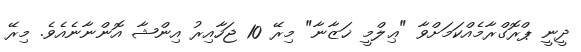
ދީނީ ޕްރޮގްރާމެއްކަމަށްވާ "ޢިލްމީ ޚަޒާނާ" މިރޭ 10 ޖަހާއިރު އިންޝާ އޮންނާނެއެވެ. މިރޭ